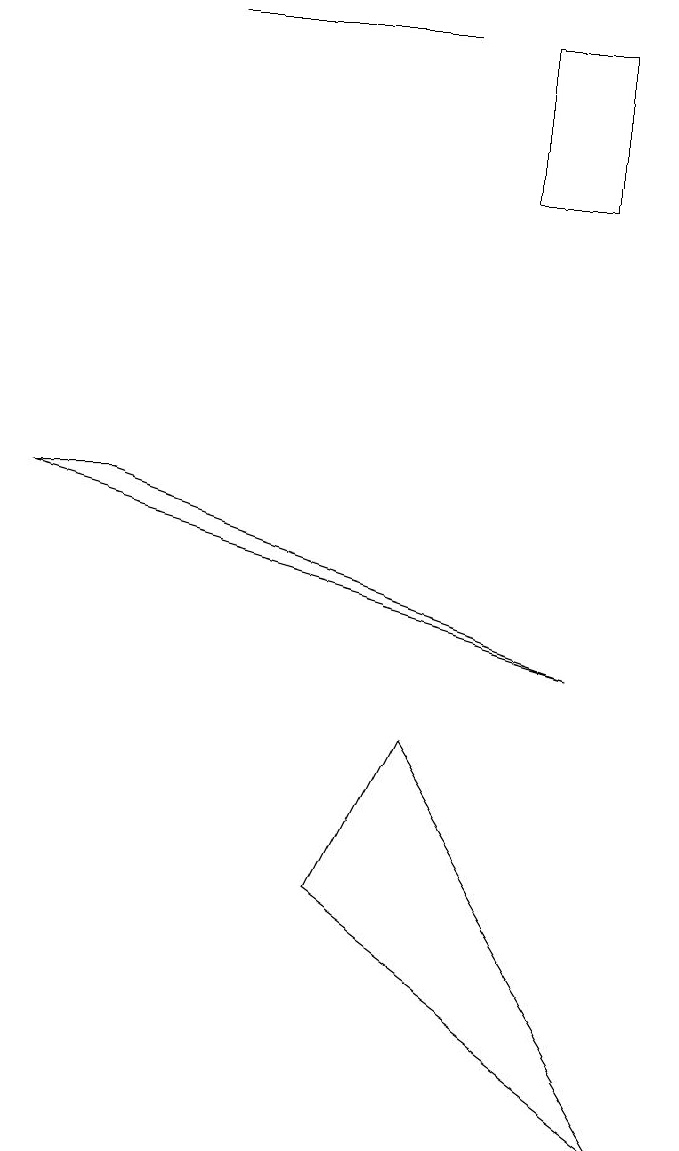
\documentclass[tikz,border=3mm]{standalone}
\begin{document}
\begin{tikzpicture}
\draw (6,13) rectangle (7,15);
\draw (5,6) -- (8,1) -- (4,4) -- cycle;
\draw (2,15) rectangle (5,15);
\draw (8,12) rectangle (8,13);
\draw (7,7) -- (0,9) -- (1,9) -- cycle;
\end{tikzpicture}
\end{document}